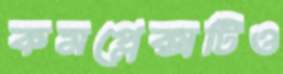
কমপ্লেক্সটিও